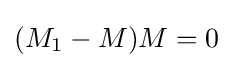
(M_{1}-M)M=0